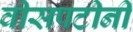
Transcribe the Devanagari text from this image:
वीसपटीनी